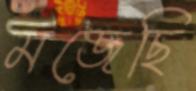
মজেছি